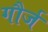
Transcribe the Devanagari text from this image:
गौर्ज